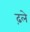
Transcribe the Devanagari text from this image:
ढ़ले